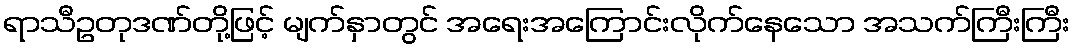
ရာသီဥတုဒဏ်တို့ဖြင့် မျက်နှာတွင် အရေးအကြောင်းလိုက်နေသော အသက်ကြီးကြီး